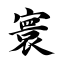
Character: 寰